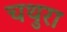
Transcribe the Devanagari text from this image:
चथुरा